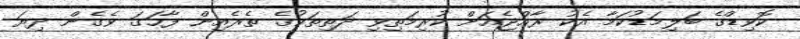
ކޮވިޑްގެ ބަލިމަޑުކަމާ އެކު ރާއްޖެއަށް ކުރިމަތިވި ދަތިތަކުގެ ތެރެއިން ފާހަގަ ވެގެން ދިޔަ